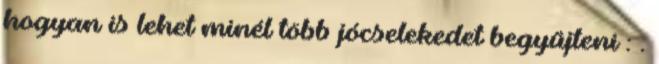
hogyan is lehet minél több jócselekedet begyűjteni : .